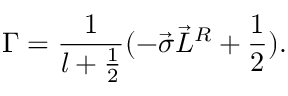
{ \Gamma } = \frac { 1 } { l + \frac { 1 } { 2 } } ( - \vec { \sigma } \vec { L } ^ { R } + \frac { 1 } { 2 } ) .